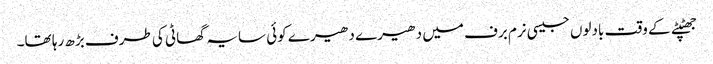
جھٹپٹے کے وقت بادلوں جیسی نرم برف میں دھیرے دھیرے کوئی سایہ گھاٹی کی طرف بڑھ رہا تھا۔